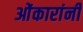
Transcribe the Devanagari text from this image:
ओंकारांनी